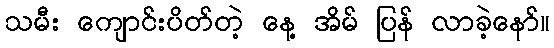
သမီး ကျောင်းပိတ်တဲ့ နေ့ အိမ် ပြန် လာခဲ့နော်။